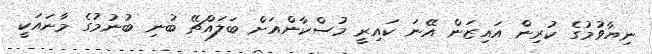
ނިޔާވުމުގެ ކުރިން އައިޒަން އޭނަ ކައިރީ މުސްކާންއަށް ބަލައްޗޭ ބުނި ބުނުމުގެ މާނައަކީ